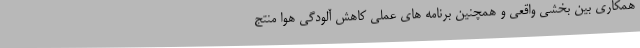
همکاری بین بخشی واقعی و همچنین برنامه های عملی کاهش آلودگی هوا منتج